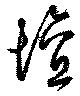
壇